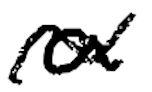
Text: a
Cross-out: wave
Writing tool: digital_black